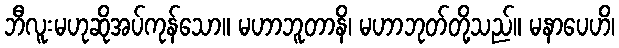
ဘီလူးမဟုဆိုအပ်ကုန်သော။ မဟာဘူတာနိ၊ မဟာဘုတ်တို့သည်။ မနာပေဟိ၊